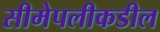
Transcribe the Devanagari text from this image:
सीमेपलीकडील